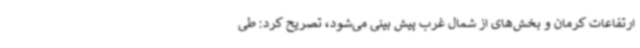
ارتفاعات کرمان و بخش‌های از شمال غرب پیش بینی می‌شود، تصریح کرد: طی